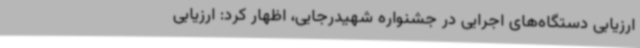
ارزیابی دستگاه‌های اجرایی در جشنواره شهیدرجایی، اظهار کرد: ارزیابی